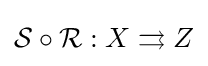
{\mathcal {S}}\circ {\mathcal {R}}:X\rightrightarrows Z